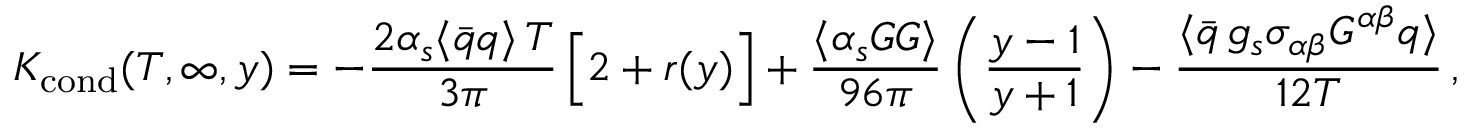
K _ { \mathrm { c o n d } } ( T , \infty , y ) = - { \frac { 2 \alpha _ { s } \langle \bar { q } q \rangle \, T } { 3 \pi } } \, \Big [ 2 + r ( y ) \Big ] + { \frac { \langle \alpha _ { s } G G \rangle } { 9 6 \pi } } \, \bigg ( { \frac { y - 1 } { y + 1 } } \bigg ) - { \frac { \langle \bar { q } \, g _ { s } \sigma _ { \alpha \beta } G ^ { \alpha \beta } q \rangle } { 1 2 T } } \, ,